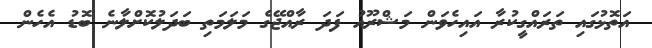
އަތޮޅުގައި ތަރައްގީކުރާ އައިހެވަން މަޝްރޫއު ފަދަ ރާއްޖޭގެ މަލަމަތި ބަދަލުކޮށްލާނެ ބޮޑު އެހެން